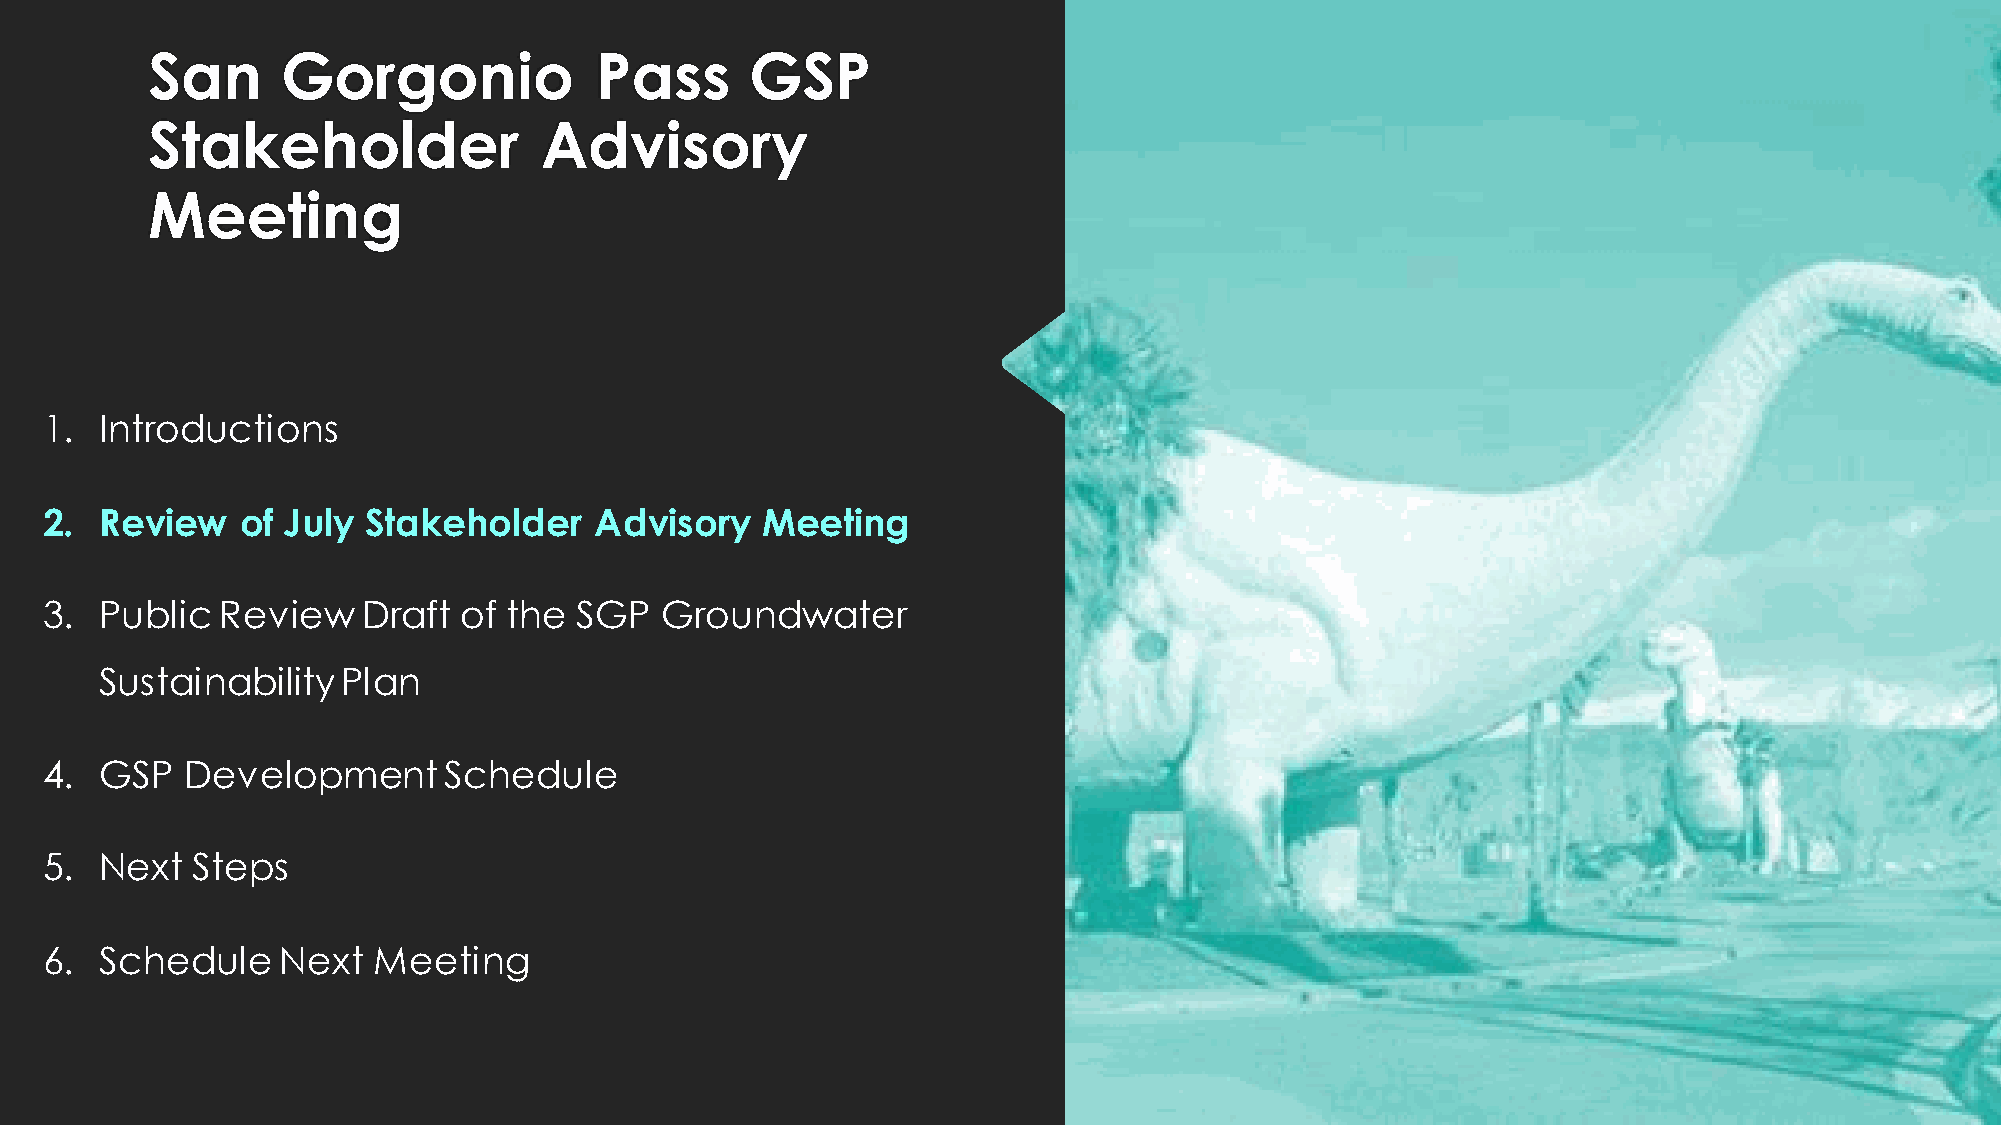
San      Gorgonio            Pass       GSP
 Stakeholder               Advisory
 Meeting
 1.  Introductions
 2.  Review   of July Stakeholder    Advisory   Meeting
 3.  Public  Review   Draft of  the SGP   Groundwater
 Sustainability  Plan
 4.  GSP  Development      Schedule
 5.  Next  Steps
 6.  Schedule    Next  Meeting